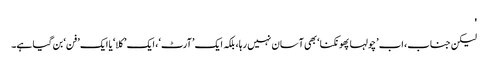
'
لیکن جناب، اب ’چولہا پھونکنا‘ بھی آسان نہیں رہا، بلکہ ایک ’آرٹ‘، ایک ’کلا‘ یا ایک ’فن‘ بن گیا ہے۔